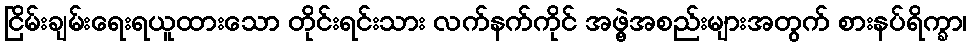
ငြိမ်းချမ်းရေးရယူထားသော တိုင်းရင်းသား လက်နက်ကိုင် အဖွဲ့အစည်းများအတွက် စားနပ်ရိက္ခာ၊